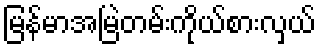
မြန်မာအမြဲတမ်းကိုယ်စားလှယ်